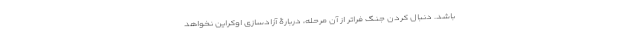
باشد. دنبال کردن جنگ فراتر از آن مرحله، دربارۀ آزادسازی اوکراین نخواهد